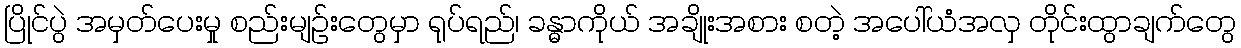
ပြိုင်ပွဲ အမှတ်ပေးမှု စည်းမျဉ်းတွေမှာ ရုပ်ရည်၊ ခန္ဓာကိုယ် အချိုးအစား စတဲ့ အပေါ်ယံအလှ တိုင်းထွာချက်တွေ